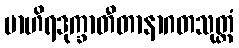
ဗာဟိရဒုက္ခာတီတာနာဂတသုတ္တံ